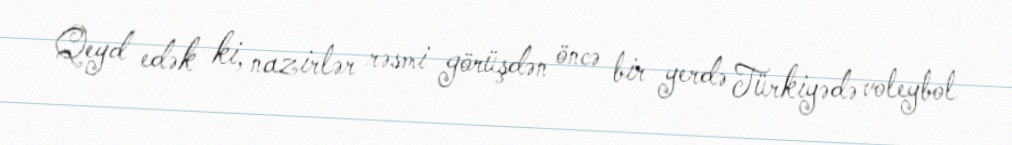
Qeyd edək ki, nazirlər rəsmi görüşdən öncə bir yerdə Türkiyədə voleybol